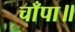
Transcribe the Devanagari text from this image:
चाँपा॥